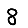
Digit: 8